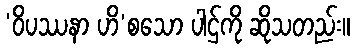
‘ဝိပဿနာ ဟိ’စသော ပါဌ်ကို ဆိုသတည်း။